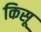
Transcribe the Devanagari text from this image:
किसू